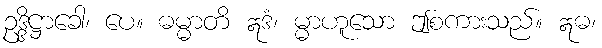
ဥဒ္ဒိဋ္ဌာခေါ၊ ပေ။ ဓမ္မာတိ ဣဒံ၊ မ္မာဟူသော ဤစကားသည်။ ဣဓ၊